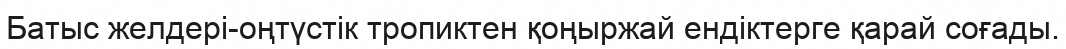
Батыс желдері-оңтүстік тропиктен қоңыржай ендіктерге қарай соғады.